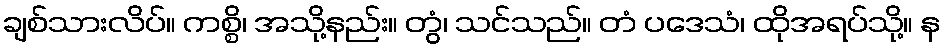
ချစ်သားလိပ်။ ကစ္စိ၊ အသို့နည်း။ တွံ၊ သင်သည်။ တံ ပဒေသံ၊ ထိုအရပ်သို့။ န